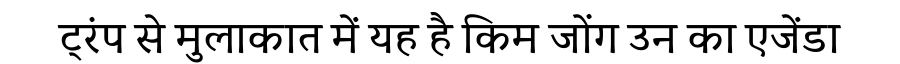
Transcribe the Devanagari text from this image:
ट्रंप से मुलाकात में यह है किम जोंग उन का एजेंडा